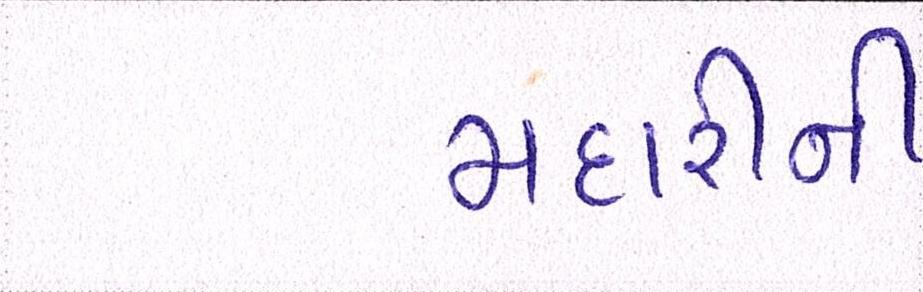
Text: મદારીની